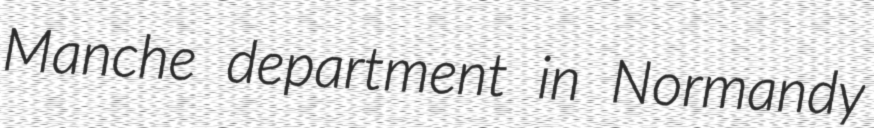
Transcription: Manche department in Normandy